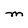
Character: M